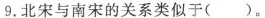
9.北宋与南宋的关系类似于( )。